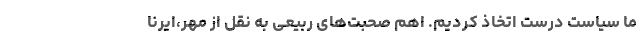
ما سیاست درست اتخاذ کردیم. اهم صحبت‌های ربیعی به نقل از مهر،ایرنا